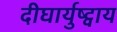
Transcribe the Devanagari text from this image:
दीघार्युष्ट्वाय